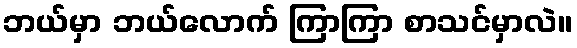
ဘယ်မှာ ဘယ်လောက် ကြာကြာ စာသင်မှာလဲ။